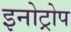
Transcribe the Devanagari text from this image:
इनोट्रोप